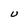
Character: U